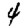
Digit: 4